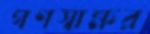
গণস্বাক্ষর